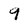
Character: 9